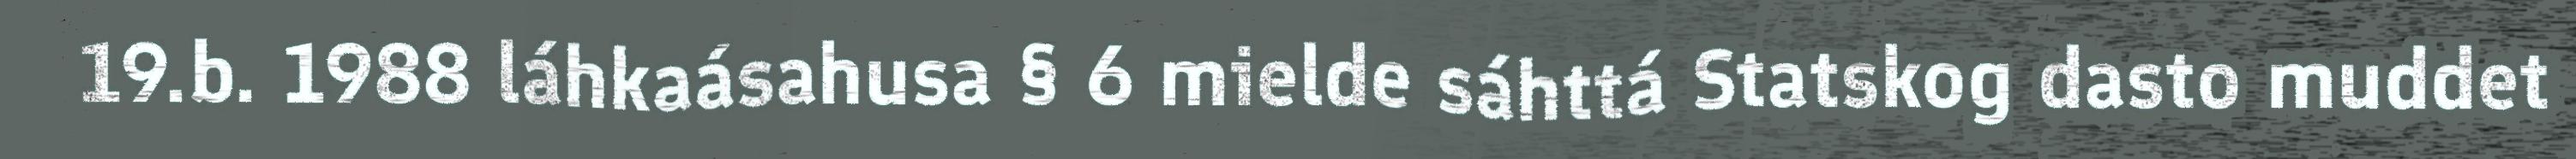
19.b. 1988 láhkaásahusa § 6 mielde sáhttá Statskog dasto muddet